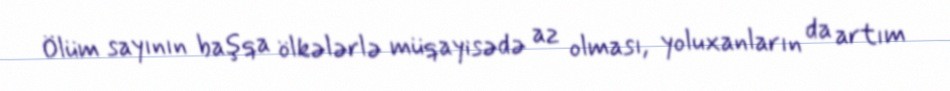
Ölüm sayının başqa ölkələrlə müqayisədə az olması, yoluxanların da artım